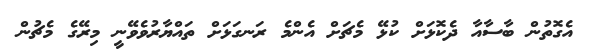
އެގޮތުން ބާސާއާ ދެކޮޅަށް ކުޅޭ މެޗަށް އެންމެ ރަނގަޅަށް ތައްޔާރުވެވޭނީ މިރޭގެ މެޗުން